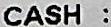
CASH :